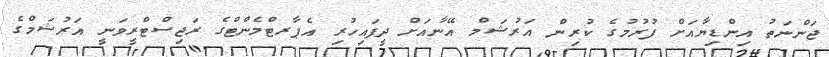
ޖަންނަތު އިންޑިޔާއަށް ފުރުމުގެ ކުރިން އަރުޝަމް އޭނާއަށް ދީފައިހުރި އެޕާރޓްމެންޓްގެ ރަޖިސްޓްރީވަނީ އަރުޝަމްގެ